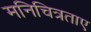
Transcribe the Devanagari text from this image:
मनिचित्रताए